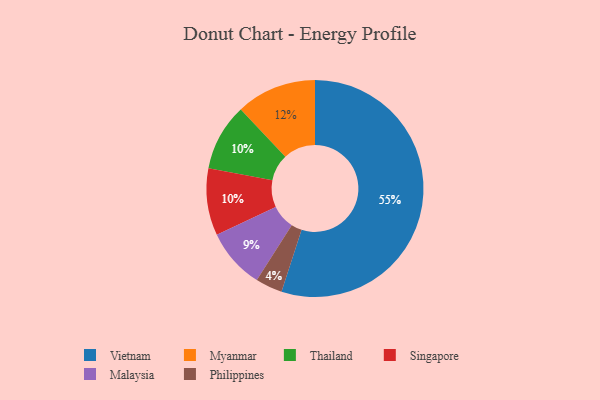
{"axis": {"x": "Category", "y": "Percentage"}, "legend": ["Malaysia", "Myanmar", "Philippines", "Singapore", "Thailand", "Vietnam"], "data": [{"x": "Myanmar", "y": 12, "type": "Myanmar"}, {"x": "Philippines", "y": 4, "type": "Philippines"}, {"x": "Vietnam", "y": 55, "type": "Vietnam"}, {"x": "Thailand", "y": 10, "type": "Thailand"}, {"x": "Malaysia", "y": 9, "type": "Malaysia"}, {"x": "Singapore", "y": 10, "type": "Singapore"}]}